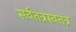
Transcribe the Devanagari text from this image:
सर्वतंत्रस्वतंत्र